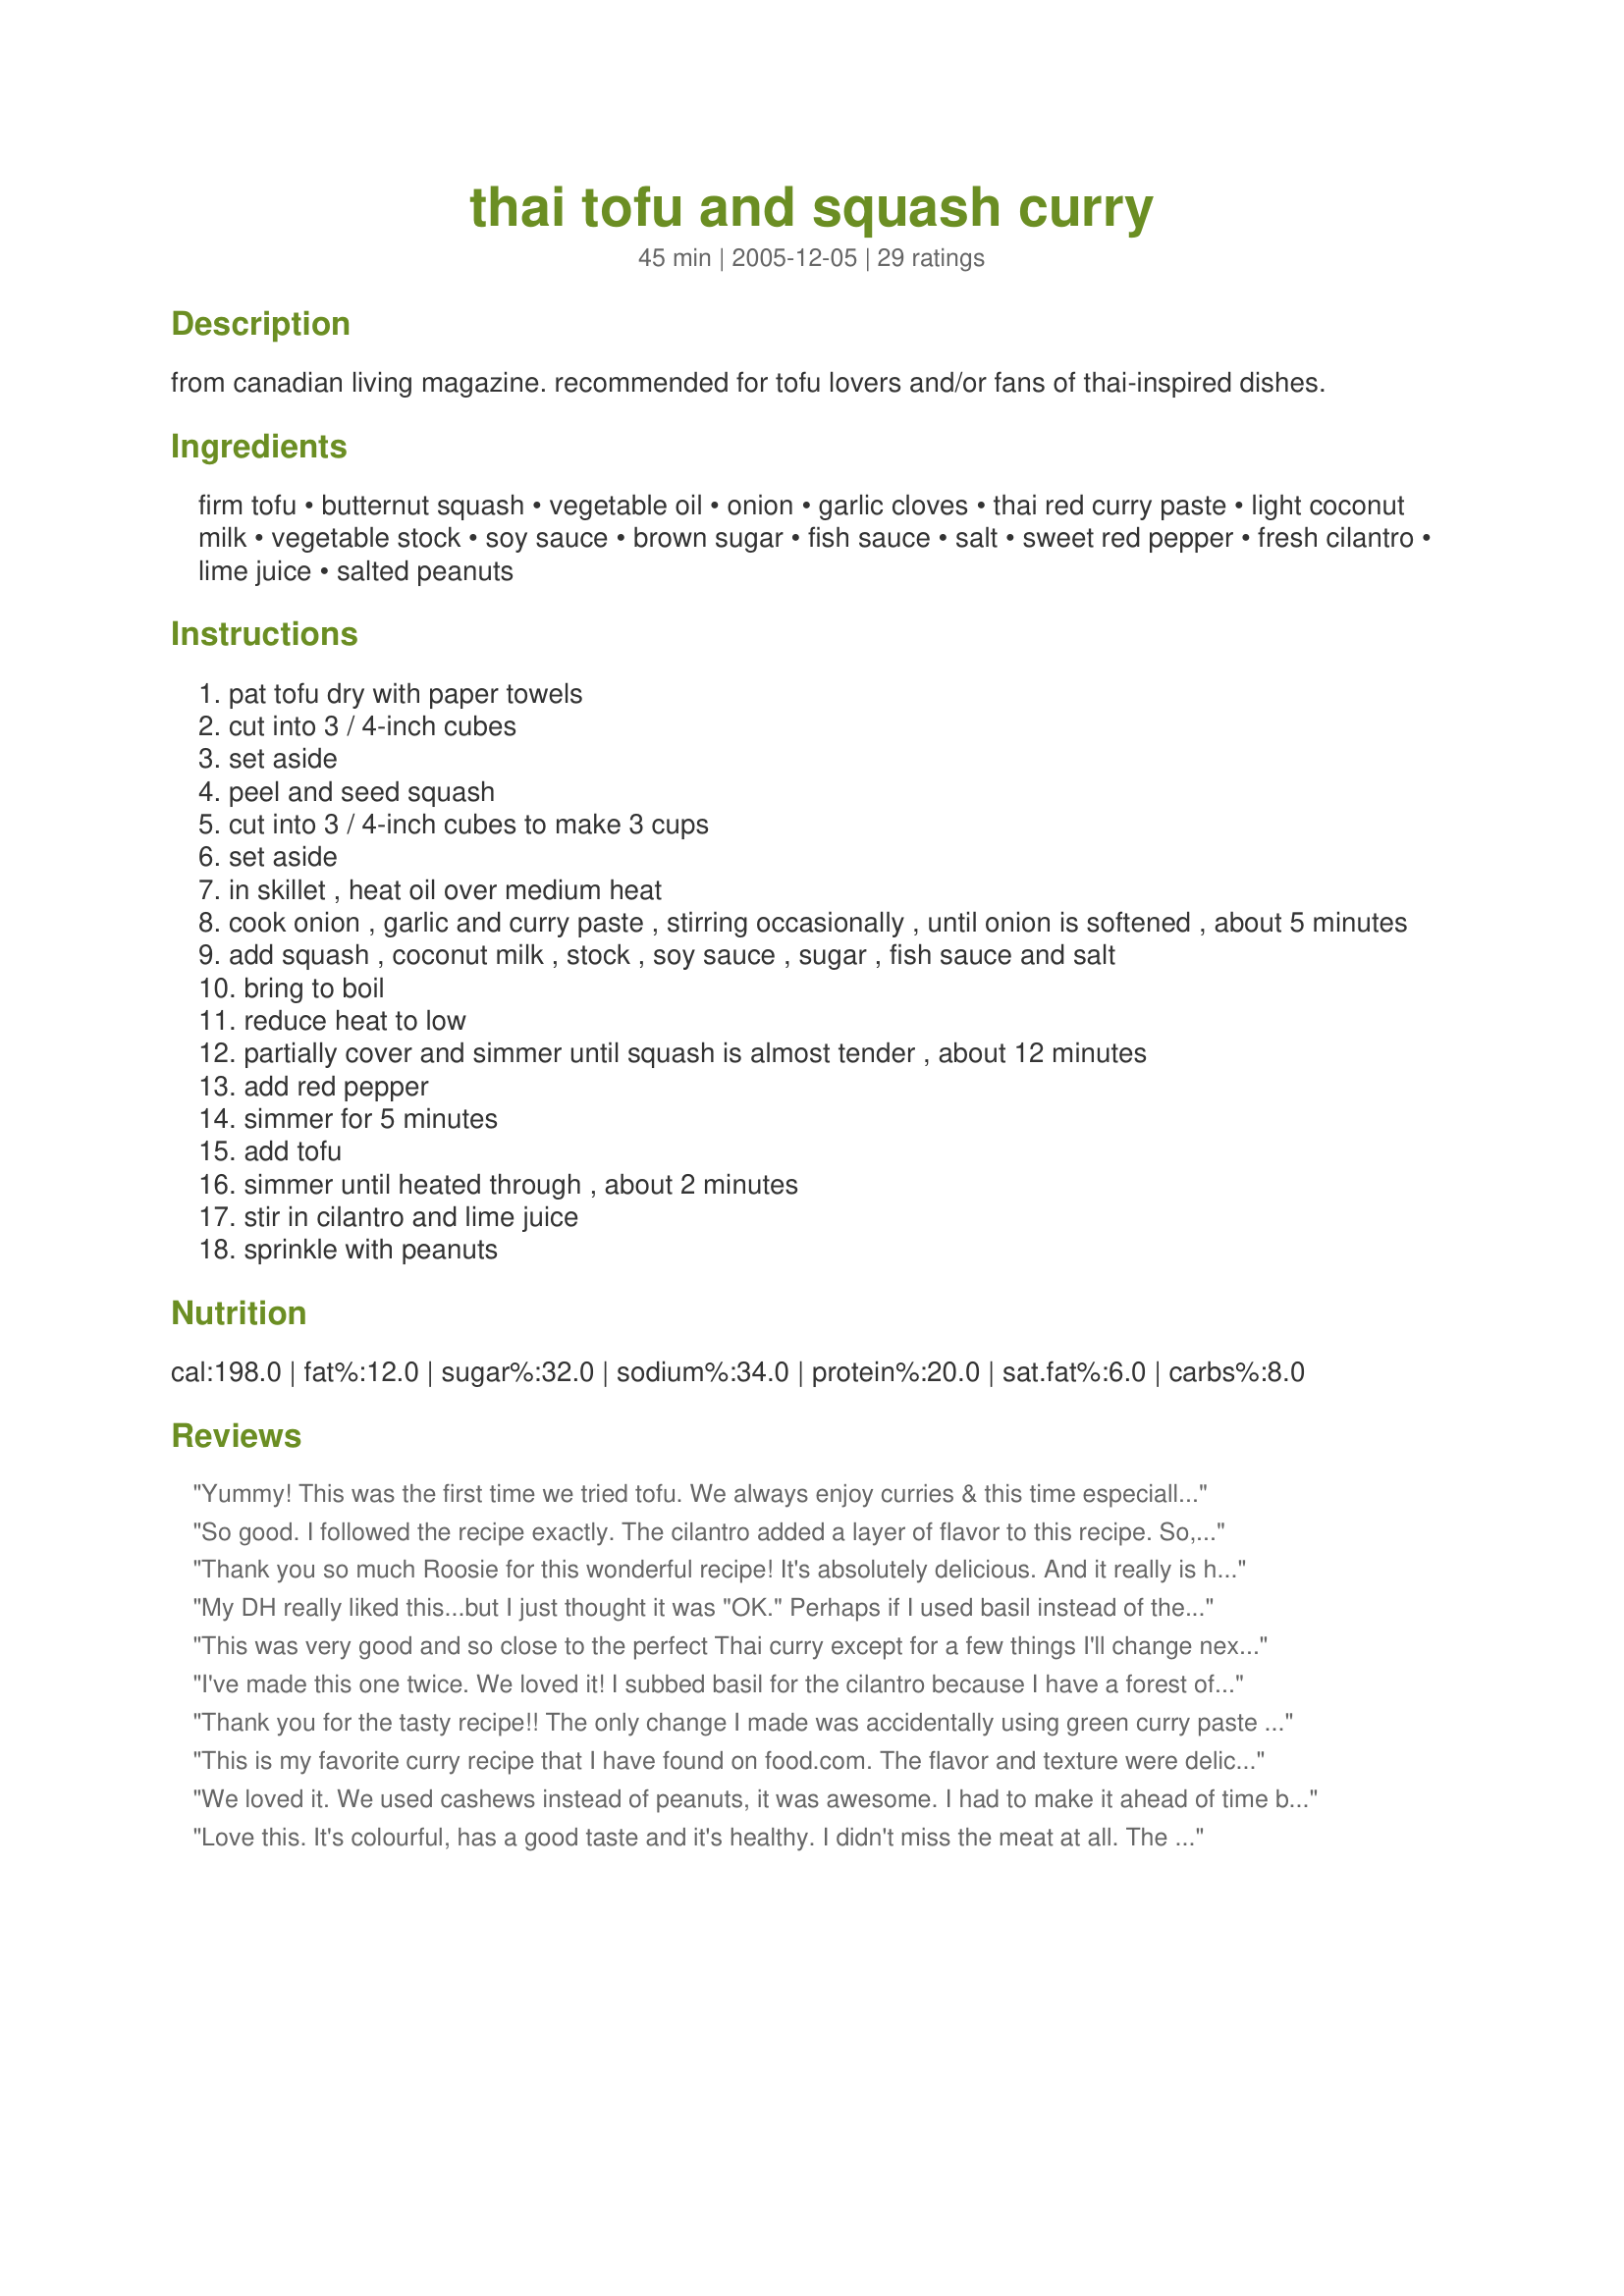
thai tofu and squash curry
Preparation time: 45 minutes

from canadian living magazine. recommended for tofu lovers and/or fans of thai-inspired dishes.

Ingredients:
firm tofu, butternut squash, vegetable oil, onion, garlic cloves, thai red curry paste, light coconut milk, vegetable stock, soy sauce, brown sugar, fish sauce, salt, sweet red pepper, fresh cilantro, lime juice, salted peanuts

Steps:
pat tofu dry with paper towels
cut into 3 / 4-inch cubes
set aside
peel and seed squash
cut into 3 / 4-inch cubes to make 3 cups
set aside
in skillet , heat oil over medium heat
cook onion , garlic and curry paste , stirring occasionally , until onion is softened , about 5 minutes
add squash , coconut milk , stock , soy sauce , sugar , fish sauce and salt
bring to boil
reduce heat to low
partially cover and simmer until squash is almost tender , about 12 minutes
add red pepper
simmer for 5 minutes
add tofu
simmer until heated through , about 2 minutes
stir in cilantro and lime juice
sprinkle with peanuts

Reviews:
Yummy! This was the first time we tried tofu. We always enjoy curries & this time especially loved the texture of the tofu combined with crunchy peanuts. Definitely one to serve when FIL comes over next! Even looks great!
So good. I followed the recipe exactly. The cilantro added a layer of flavor to this recipe. So, do not skip it. So easy to whip up too.Keeper Recipe. Thanks for posting it.
Thank you so much Roosie for this wonderful recipe! It's absolutely delicious. And it really is hard to find such good tofu recipes. I followed everything as is.. using what looked like an Australian Blue Squash. I had broccoli and spinach on-hand so I added that in.
I did however leave out the peanuts. Served this with brown-rice.. even my 5 year old nephew enjoyed it.
My DH really liked this...but I just thought it was "OK." Perhaps if I used basil instead of the cilantro. The butternut squash was the overpowering taste..so perhaps if I had a better one. I won't be making this again though...
This was very good and so close to the perfect Thai curry except for a few things I'll change next time. I was confused about the 2 tsp of red curry paste, the tin I bought said to use the whole tin but it was from Thailand, so I figured it would be too hot and used the 2 tsp. Next time I would use more for flavor (and I'm far from a fan of heat). I won't use tofu again but shrimp or chicken. I added a couple of mushrooms and they were the best part of the dish so next time I'll add at least 8 oz. The lime was too strong, the delicate flavors were over-powered but it might have been a strong lime. Next time I'll just serve the curry with lime slices on the side. All-in-all great start, I'm SO close to the perfect curry so thank you!
I've made this one twice. We loved it! I subbed basil for the cilantro because I have a forest of it in the garden. Excellent choice. Thanks Roosie! This recipe is now one of my permanent recipes
Thank you for the tasty recipe!! The only change I made was accidentally using green curry paste instead of red! Still I'm not sure how much of a difference that made, since it was lovely. :) The tofu really soaked up the sauce well, which I hadn't found in other curry recipes I've tried! Definitely a nice change. ;)
This is my favorite curry recipe that I have found on food.com. The flavor and texture were delicious. I will definitely make again. &lt;br/&gt;I did not use fish sauce as that just sounds gross. I added a full tablespoon of red curry paste as we like it spicy. I skipped the salt, also the peanuts due to husband&#039;s allergies. The cilantro and lime juice added a good bit of flavor. Thanks for the excellent recipe, Roosie!!
We loved it. We used cashews instead of peanuts, it was awesome. I had to make it ahead of time but that worked out great as I think the flavor got even better in the fridge. It's a keeper for the file!
Love this. It's colourful, has a good taste and it's healthy. I didn't miss the meat at all. The peanuts add a lot so don't miss them!
Other than the peanuts I used being unsalted I followed the recipe exactly, and I wouldn't change a thing when I make this again. This is the best curry I've made in a long time. I served this over brown basmati rice. Thanks so much for posting, this is favorite.
This really turned out great. We used massaman curry paste instead of red (it was what we had in the pantry), and used chicken-style gluten instead of the tofu (we find it in the refrigerator section of our Asian grocery). I really loved the addition of the lime juice and chopped peanuts. Thanks for sharing!
This was very good served with sticky rice for a Thai-inspired meal. I added a little more curry paste and kaffir lime leaves to boost the flavor, as well as a bit of cornstarch to thicken the sauce a little. I used So Delicious brand refrigerated coconut milk for this, as it has significantly fewer calories. But unless you make your own, I would recommend using the canned coconut milk for a creamier sauce.
this was very good and tasty. broth had great flavor. i followed everything except i used chicken broth since i couldnt find vegetable broth. my husband enjoyed the flavor of the broth but asked that i make it w/ chicken next time. delicious! thanks for sharing!
I'm neither cook nor vegetarian. And I can honestly say that my only qualification is that I love to eat and I know good food. Well, I attempted to make this one and it turned out phenomenal! I can't believe I actually produced something that tastes this good. Thank you, Roosie!
This is one of my favorite go-to fall/winter recipes. I recently modified it and fell even further in love. I left out the tofu and substituted a peeled, cubed acorn squash instead. The butternut and acorn really went well together. Also, I kicked up the red curry paste (like others). I didn't have any cilantro, limes, or peanuts on hand, but no need. It was delicious without - and the leftovers were even better. Now if I can only figure out an easy way to peel an acorn squash!
Delicious! I added shitake mushrooms and those mini thai pea eggplants and this was a full meal. Thanks for sharing!
This turned out great. Followed another raters tip and added some spinach at step number 6, which worked great. Because we knew we would be adding extra veggies, we made extra curry/sauce. The sweetness of the squash and coconut milt was so yummy with the red curry. Also added some hot chili paste, just 'cause we like things it hot. Served over mixed grains, which although not traditional was great with this dish. Thanks for sharing this recipe. This is a keeper.
I was hoping to recreate my boyfriend's favorite dish from a local Thai restaurant when I happened upon this recipe. He and I both loved it. Carrots were a nice addition and I served it over brown rice. He prefers his food on the mild side but I topped it with a little Sriracha Hot Chili Sauce for some extra zest.
This will become a staple-dish in our home! Absolutely loved it. Substituted sweet potato for the squash and turned out fine....my husband also crumbled KALE CHIPS (<a href="/110071">Kale Chips</a>) over his plate and loved it.
I didn't have curry paste, but I had 1.5 tsp garam masala and then added .5 tsp curry powder. I used yellow squash (because that's what I had) and added a cup of sliced baby carrots at the beginning. It tasted great!
I used mushrooms and some fresh grated ginger and shrimp. It was very good but my husband asked to leave out the Tofu next time.
I have made this dish several times and it comes out super duper delicious every time. I have made it with tofu and with chicken. I like spice, so I always kick it up a notch with curry powder and hot red peppers. It is actually a lot easier to make than it looks and is great for left overs. My girlfriends request this dish frequently. Thanks Roosie!
This is a wonderful recipe! We used a red kuri squash rather than butternut and panang curry paste rather than red curry paste. The broth is very flavorful and the tofu is really good. We had it over long grain brown rice. I'm writing this review the second time we've prepared this recipe, and we'll definitely be making it again.
Delicious curry. I used pumpkin as I couldn't get any butternut squash. I bought a 600 g piece that was already seeded which gave me 4 cups. This recipe didn't turn my husband into a tofu lover, but the curry sauce was so good that he didn't mind it being meatless. I would recommend using light soy sauce (not the dark) to keep it from looking a bit muddy. Thanks, Roosie !
Super yummy, healthy, easy - what else could you ask for? We enjoyed the way some of the squash cubes "melted" and thickened the delicious sauce. Made it with fish sauce and added about 1 1/2 cup brocoli pieces (florets plus peeled and diagonally sliced stalk) in step 6, which was a lovely addition, both in terms of color and taste. Served it with jasmine rice. Thanks for a keeper!
This was excellent, tasted like it was from a restaurant! Instead of vegetable stock I used chicken broth, omitted the peanuts and used basil instead of the cilantro. I also added spinach.
We really enjoyed this delicious curry. The blend of flavours is nice, and the tofu absorbed the flavours of the sauce. We didn't have fish sauce, so we used soy sauce, but omitted the salt. The curry could have been spicier for our tastes, so next time I will add 3 teaspoons of curry paste. This was a great way to introduce ourselves to Thai cooking at home!
Great flavor in this curry! Squash mixes really nicely with the smooth curry sauce. Some of mine 'melted' in with the sauce, and some stayed firm enough to eat in saucy chunks. I used the soy instead of fish sauce and added a little broccoli and spinach. Next time I think I will fry the tofu a little - just a matter of preferred texture. Thanks for this easy & tasty dish!
